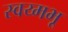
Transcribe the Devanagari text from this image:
स्वय्मभू